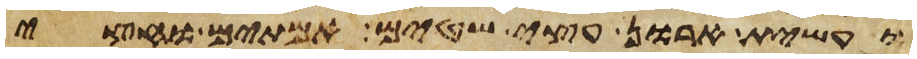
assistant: ועשית ארון עצי שטים אמתים וחצי